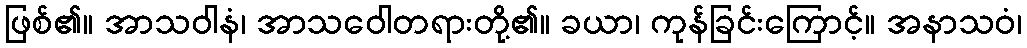
ဖြစ်၏။ အာသဝါနံ၊ အာသဝေါတရားတို့၏။ ခယာ၊ ကုန်ခြင်းကြောင့်။ အနာသဝံ၊